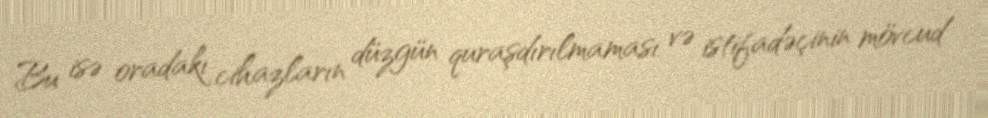
Bu isə oradakı cihazların düzgün quraşdırılmaması və istifadəçinin mövcud